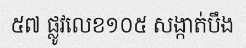
៥៧ ផ្លូវលេខ១០៥ សង្កាត់បឹង